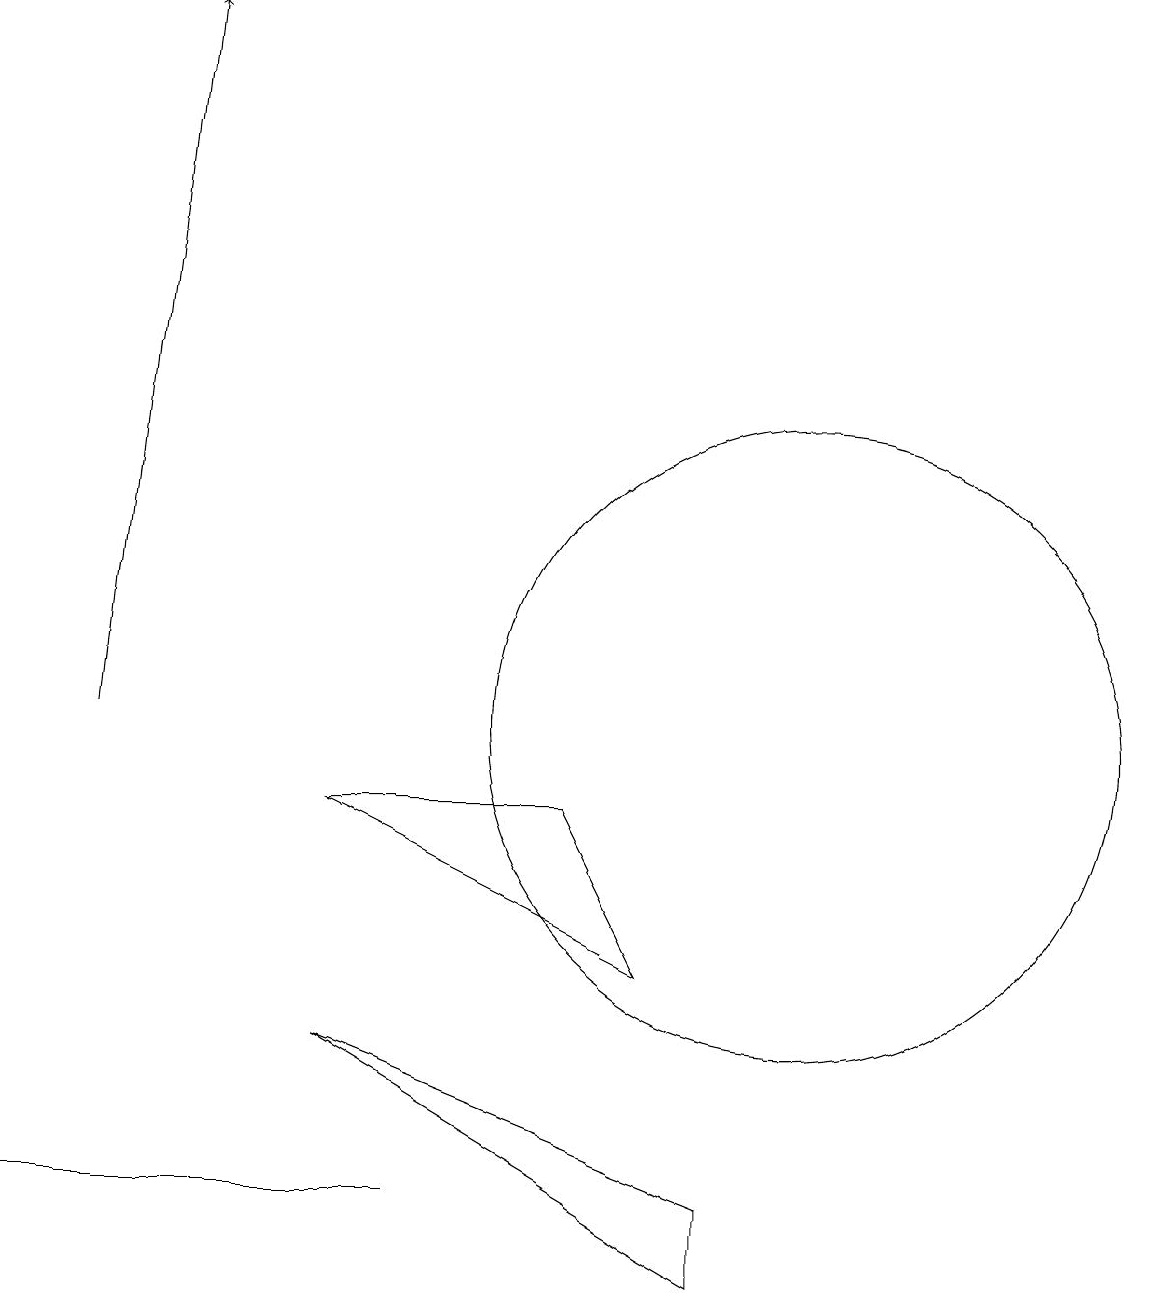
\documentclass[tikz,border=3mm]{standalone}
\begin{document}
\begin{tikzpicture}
\draw (0,4) -- (5,4) -- (2,4) -- cycle;
\draw (8,7) -- (4,9) -- (7,9) -- cycle;
\draw[->] (1,10) -- (2,19);
\draw (10,10) circle (4);
\draw (9,3) -- (4,6) -- (9,4) -- cycle;
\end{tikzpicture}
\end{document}